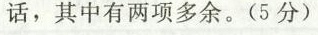
话,其中有两项多余。(5分)